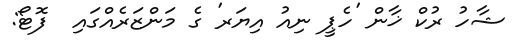
ޝާހު ރުކް ޚާން 'ހެޕީ ނިއު އިޔަރ' ގެ މަންޒަރެއްގައި  ފޮޓޯ: